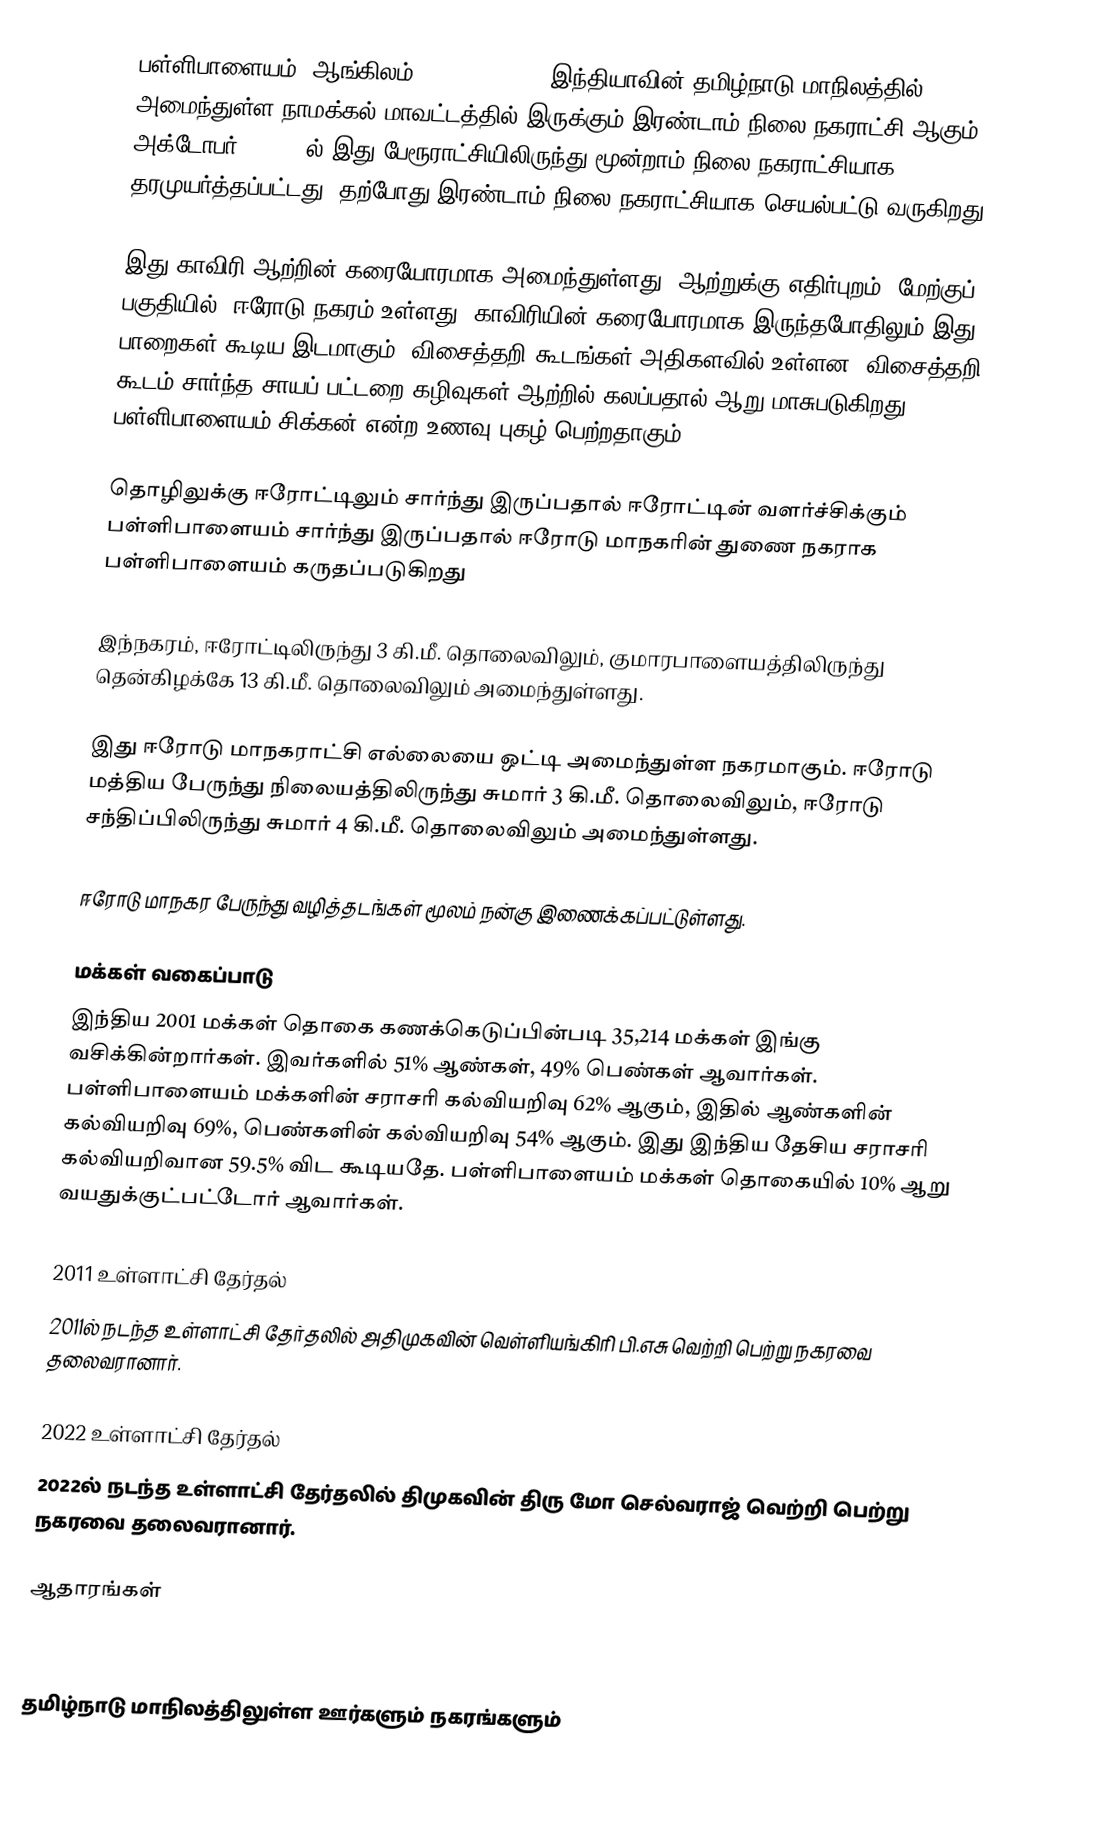
பள்ளிபாளையம் (ஆங்கிலம்:Pallipalayam), இந்தியாவின் தமிழ்நாடு மாநிலத்தில் அமைந்துள்ள நாமக்கல் மாவட்டத்தில் இருக்கும் இரண்டாம் நிலை நகராட்சி ஆகும். அக்டோபர் 7, 2004ல் இது பேரூராட்சியிலிருந்து மூன்றாம் நிலை நகராட்சியாக தரமுயர்த்தப்பட்டது. தற்போது இரண்டாம் நிலை நகராட்சியாக செயல்பட்டு வருகிறது.

இது காவிரி ஆற்றின் கரையோரமாக அமைந்துள்ளது. ஆற்றுக்கு எதிர்புறம் (மேற்குப் பகுதியில்) ஈரோடு நகரம் உள்ளது. காவிரியின் கரையோரமாக இருந்தபோதிலும் இது பாறைகள் கூடிய இடமாகும். விசைத்தறி கூடங்கள் அதிகளவில் உள்ளன. விசைத்தறி கூடம் சார்ந்த சாயப் பட்டறை கழிவுகள் ஆற்றில் கலப்பதால் ஆறு மாசுபடுகிறது. பள்ளிபாளையம் சிக்கன் என்ற உணவு புகழ் பெற்றதாகும்.

தொழிலுக்கு ஈரோட்டிலும் சார்ந்து இருப்பதால் ஈரோட்டின் வளர்ச்சிக்கும் பள்ளிபாளையம் சார்ந்து இருப்பதால் ஈரோடு மாநகரின் துணை நகராக பள்ளிபாளையம் கருதப்படுகிறது

இந்நகரம், ஈரோட்டிலிருந்து 3 கி.மீ. தொலைவிலும், குமாரபாளையத்திலிருந்து தென்கிழக்கே 13 கி.மீ. தொலைவிலும் அமைந்துள்ளது.

இது ஈரோடு மாநகராட்சி எல்லையை ஒட்டி அமைந்துள்ள நகரமாகும். ஈரோடு மத்திய பேருந்து நிலையத்திலிருந்து சுமார் 3 கி.மீ. தொலைவிலும், ஈரோடு சந்திப்பிலிருந்து சுமார் 4 கி.மீ. தொலைவிலும் அமைந்துள்ளது.

ஈரோடு மாநகர பேருந்து வழித்தடங்கள் மூலம் நன்கு இணைக்கப்பட்டுள்ளது.

மக்கள் வகைப்பாடு
இந்திய 2001 மக்கள் தொகை கணக்கெடுப்பின்படி 35,214 மக்கள் இங்கு வசிக்கின்றார்கள். இவர்களில் 51% ஆண்கள், 49% பெண்கள் ஆவார்கள். பள்ளிபாளையம் மக்களின் சராசரி கல்வியறிவு 62% ஆகும்,  இதில் ஆண்களின் கல்வியறிவு 69%,  பெண்களின் கல்வியறிவு 54% ஆகும். இது இந்திய தேசிய சராசரி கல்வியறிவான 59.5% விட கூடியதே. பள்ளிபாளையம் மக்கள் தொகையில் 10%  ஆறு வயதுக்குட்பட்டோர் ஆவார்கள்.

2011 உள்ளாட்சி தேர்தல்
2011ல் நடந்த உள்ளாட்சி தேர்தலில் அதிமுகவின் வெள்ளியங்கிரி பி.எசு வெற்றி பெற்று நகரவை தலைவரானார்.

2022 உள்ளாட்சி தேர்தல்
2022ல் நடந்த உள்ளாட்சி தேர்தலில் திமுகவின் திரு மோ செல்வராஜ் வெற்றி பெற்று நகரவை தலைவரானார்.

ஆதாரங்கள்

தமிழ்நாடு மாநிலத்திலுள்ள ஊர்களும் நகரங்களும்